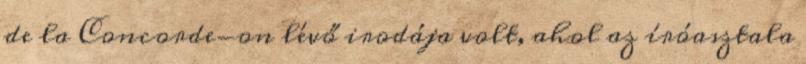
de la Concorde-on lévő irodája volt, ahol az íróasztala